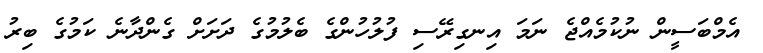
އެމްބަސީން ނުކުމެއްޖެ ނަމަ އިނގިރޭސި ފުލުހުންގެ ބެލުމުގެ ދަށަށް ގެންދާނެ ކަމުގެ ބިރު